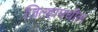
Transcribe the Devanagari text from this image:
जिल्हामधील